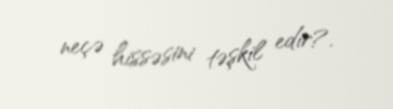
neçə hissəsini təşkil edir?.